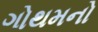
ગોથમનો